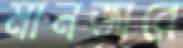
মানজারে